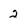
Character: 2